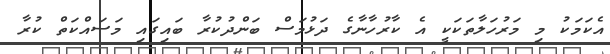
އެކަމަކު މި މަރުހަލާތަކަކީ އެ ކާރުހާނާގެ ދަޅުމަސް ބަންދުކުރާ ބައިގައި މަސައްކަތް ކުރާ